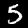
Label: 5